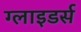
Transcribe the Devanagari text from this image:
ग्लाइडर्स